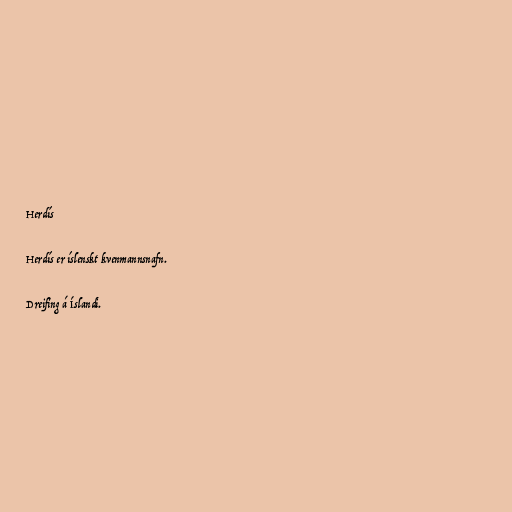
Herdís

Herdís er íslenskt kvenmannsnafn.

Dreifing á Íslandi.